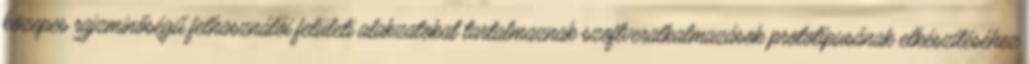
közepes rajzminőségű felhasználói felületi alakzatokat tartalmaznak szoftveralkalmazások prototípusának elkészítéséhez